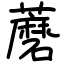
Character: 蘑